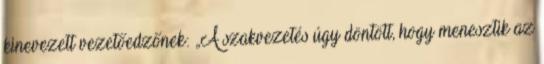
kinevezett vezetőedzőnek: „A szakvezetés úgy döntött, hogy menesztik az